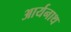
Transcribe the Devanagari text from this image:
आर्यनाथ